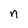
Character: n